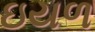
ઇયળ